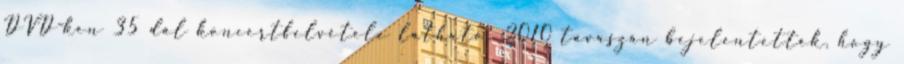
DVD-ken 35 dal koncertfelvétele látható. 2010 tavaszán bejelentették, hogy